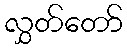
လွှတ်တော်